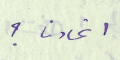
اتحادنا؟